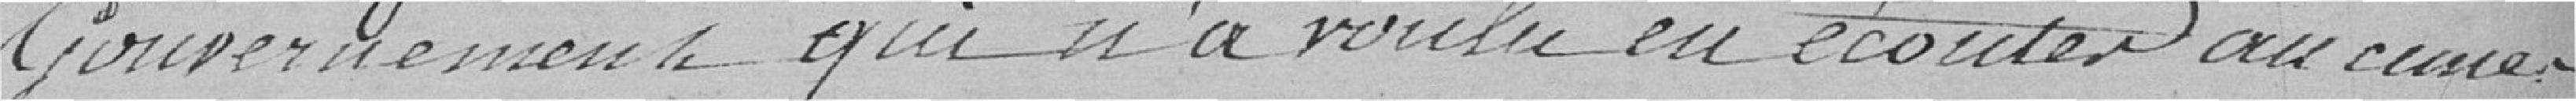
Gouvernement qui n'a voulu en écouter aucun ;